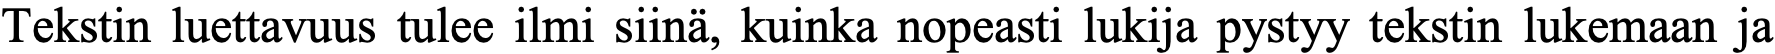
Tekstin luettavuus tulee ilmi siinä, kuinka nopeasti lukija pystyy tekstin lukemaan ja